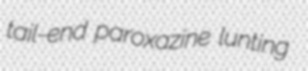
tail-end paroxazine lunting